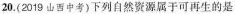
20.(2019中考)下列自然资源属于可再生的是